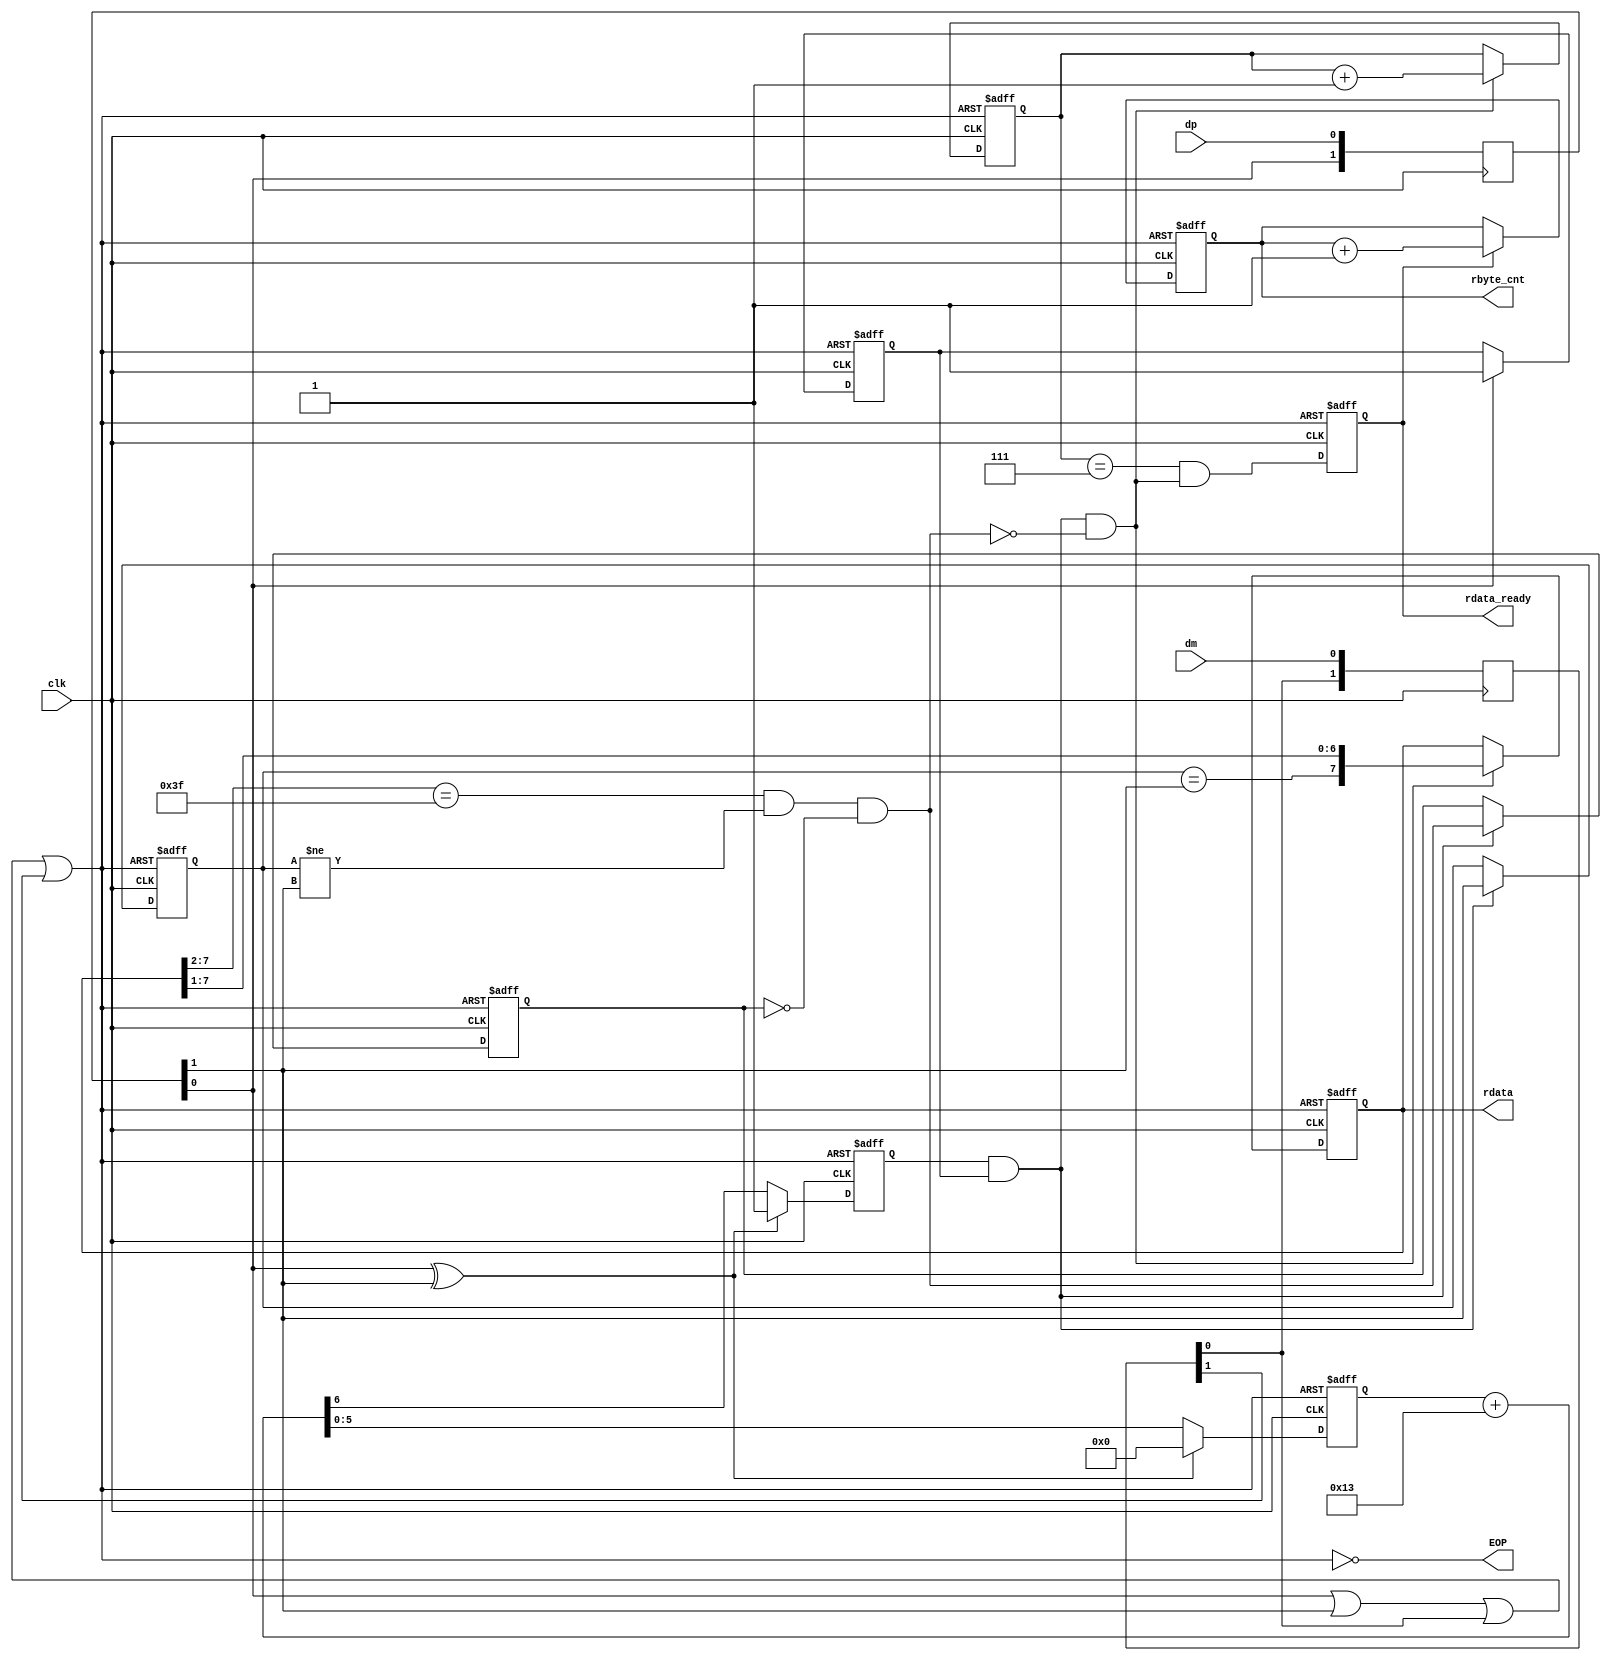
module ls_usb_recv(
	input wire clk,
	input wire dp,
	input wire dm,
	
	output wire EOP,
	output reg [7:0] rdata,
	output reg rdata_ready,
	output reg [3:0]rbyte_cnt
    );

	reg [5:0] clk_counter;
	reg strobe;
	
	reg [2:0] receiver_cnt;
	reg last_fixed_dp;
	reg receiver_enabled;
	
	reg [1:0] dp_input;
	reg [1:0] dm_input;
	
	always @ (posedge clk)
	begin
		dp_input <= { dp_input[0], dp };
		dm_input <= { dm_input[0], dm };
	end
	
	assign EOP = !(dp_input[0] | dp_input[1] | dm_input[0] | dm_input[1]);
	
	wire dp_change;
	assign dp_change = dp_input[0] ^ dp_input[1];
	
	wire do_remove_zero;
	assign do_remove_zero = (rdata[7:2] == 6'b111111) & (last_fixed_dp != dp_input[1]) & (!removed_zero);
	
	reg removed_zero;
	
	always @ (posedge clk or posedge EOP)
	begin
		if (EOP)
		begin
			receiver_cnt <= 1'b0;
			rbyte_cnt <= 1'b0;
			last_fixed_dp <= 1'b1;
			rdata <= 1'b0;
			receiver_enabled <= 1'b0;
			rdata_ready <= 1'b0;
			clk_counter <= 1'b0;
			strobe <= 1'b0;
			removed_zero <= 1'b0;
		end
		else
		begin
			if (dp_change)
			begin
				clk_counter <= 0;
				strobe <= 1'b1;
			end
			else
			begin
				{ strobe, clk_counter } <= clk_counter + 6'h13;
			end
		
			if (dp_input[0])
			begin
				receiver_enabled <= 1'b1;
			end
			
			if (strobe & receiver_enabled & (!do_remove_zero))
			begin
				rdata <= { (last_fixed_dp == dp_input[1]), rdata[7:1] };
				receiver_cnt <= receiver_cnt + 1'b1;
			end
			
			rdata_ready <= (receiver_cnt == 3'h7) & (strobe & receiver_enabled & (!do_remove_zero));
			
			if (strobe & receiver_enabled)
			begin
				removed_zero <= do_remove_zero;
				last_fixed_dp <= dp_input[1];
			end
			
			if (rdata_ready)
				rbyte_cnt <= rbyte_cnt + 1'b1;
		end
	end
	
endmodule